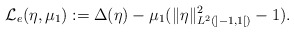
\begin{align*}{\cal L}_e(\eta,\mu_1) := \Delta(\eta) - \mu_1 (\|\eta\|_{L^2(]-1,1[)}^2-1).\end{align*}